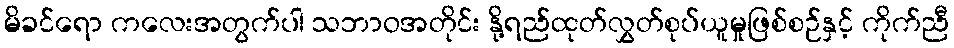
မိခင်ရော ကလေးအတွက်ပါ သဘာဝအတိုင်း နို့ရည်ထုတ်လွှတ်စုပ်ယူမှုဖြစ်စဉ်နှင့် ကိုက်ညီ